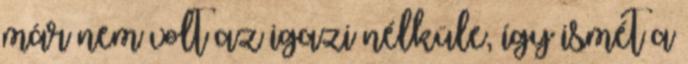
már nem volt az igazi nélküle, így ismét a